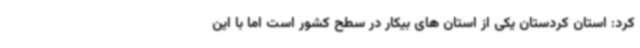
کرد: استان کردستان یکی از استان های بیکار در سطح کشور است اما با این